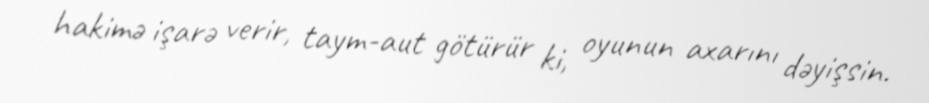
hakimə işarə verir, taym-aut götürür ki, oyunun axarını dəyişsin.